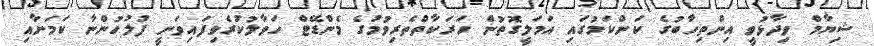
ޝިޔާމް ވިދާޅުވީ އިންތިހާބުގެ ކަންކަމުގައި އަމަލީގޮތުން ހަރަކާތްތެރިވުމުގެ މެންޑޭޓް ހަވާލުކުރެވިފައިވަނީ ފުލުހުންނާ ކަމަށާއި